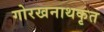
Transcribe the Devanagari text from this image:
गोरखनाथकृत